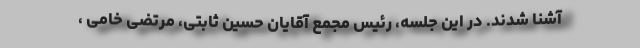
آشنا شدند. در این جلسه، رئیس مجمع آقایان حسین ثابتی، مرتضی خامی ،